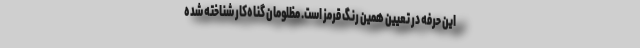
این حرفه در تعیین همین رنگ قرمز است. مظلومانِ گناه‌کار شناخته شده